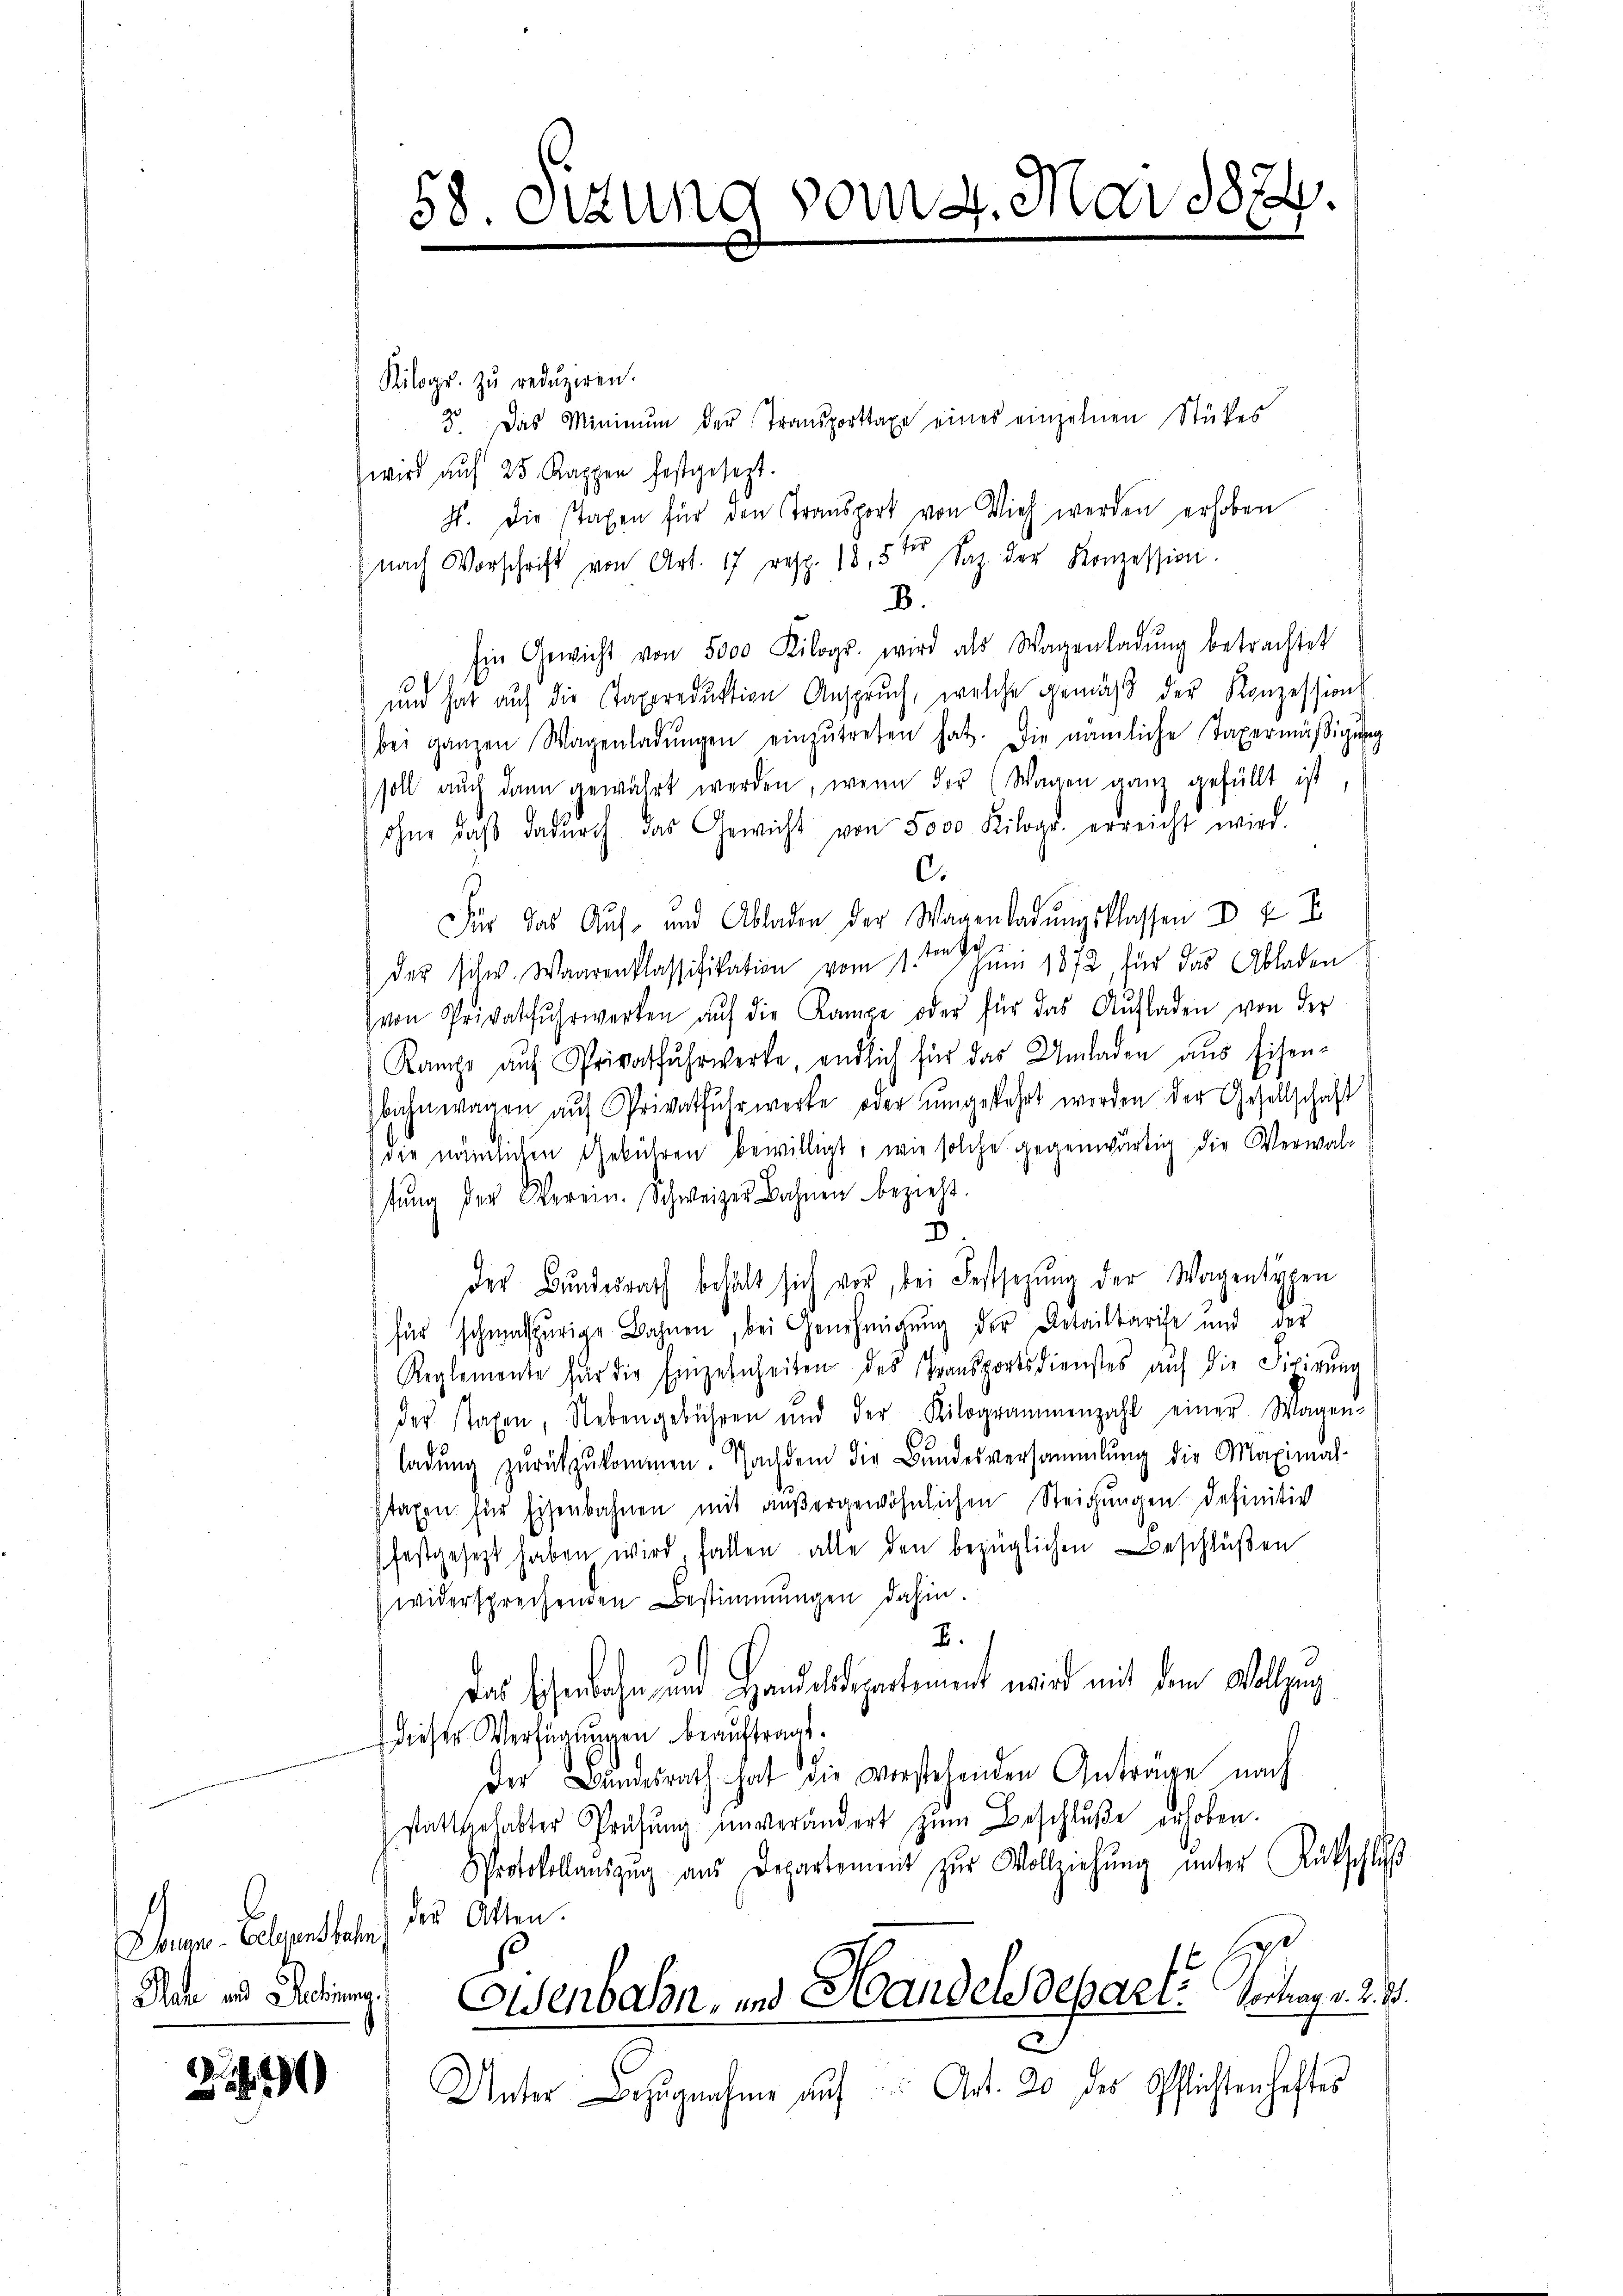
1
Brune-Eoelesensbahn
Plan und Sectieng.

2144

58. Stund vom 4. Mai 1874.
c

Kilogr. zŭ redŭziren.
wird auf 25 Kappen festgesezt.
hs. Die staxen für den Transport von Vieh werden erhoben
nach Vorschrift von Art. 17 resp. 18,5te Saz der Konzession.
B.
Ein Gewicht von 5000 Kilogr. wird als Wagenladŭng betrachtet
und hat auf die Taxereduktion Anspruch, welche gemäß der Konzession
bei ganzen Wagenladŭngen einzŭtreten hat. Die nämliche Taxermäβigŭng
soll auch dann gewährt werden, wenn der Wagen ganz gefüllt ist
ohne daβ dadŭrch das Gewicht von 5000 Kilogr. erreicht wird.
c.
Für das Auf- und Abladen der Wagenladungsklassen D u I
2
des schw. Waarenklassifikation vom 1.ten zum 1872, für das Abladen
von Privatfŭhrwerken aŭf die Kampe oder für das Aŭfladen von der
Rampe auf Privatfuhrwerke, endlich für das Umladen aus Eisenbahnwagen aŭf Privatfuhrwerke oder ŭmgekehrt werden der Gesellschaft
die nämlichen Gebühren bewilligt, wie solche gegenwärtig die Verwaltŭng der Verein. Schweizer Bahnen bezieht.
2
Der Bundesrath behält sich vor, bei Festsezung der Wagentypen
für schmalspurige Bahnen, bei Genehmigŭng der Detailtarife und der
Reglemente für die Einzelnheiten des Transportsdienstes aŭf die Fixirung
der staxen, Nebengebühren und der Kilogrammenzahl einer Wagen-
ladŭng zŭrückzŭkommen. Nachdem die Bŭndesversammlung die Maximal-
stagen für Eisenbahnen mit außergewöhnlichen Steigungen definitiv
Pfestgesetzt haben wird, fallen alle den bezüglichen Beschlüßen
widersprechenden Bestimmungen dahin.
I.
Das schenbahn und Handelndepartement wird mit dem Vollzug
diese Verfügungen beauftragt.
Der Bundesrath hat die verstehenden Anträge nach
stattgehabter Prüfŭng ŭnverändert zŭm Beschluße erhoben.
Sprotokollauszug aus Departement zur Vollziehung unter Rückschluß
des Atten.
Er
Elsenbahn, und Wandelsdepari: Vertrag v. R. Bd.
Unter Bezugnahme auf Art. 20 des Pflichtenhaftes

3. Das Minimum der Transporttaxe eines einzelnen Stückes